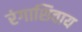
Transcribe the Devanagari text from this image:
रंगाशिवाय